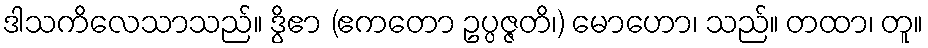
ဒါသကိလေသာသည်။ ဒွိဧာ (ဧကတော ဥပ္ပဇ္ဇတိ၊) မောဟော၊ သည်။ တထာ၊ တူ။